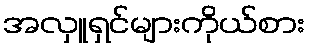
အလှူရှင်များကိုယ်စား